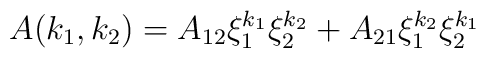
A(k_{1},k_{2})=A_{12}\xi _{1}^{k_{1}}\xi _{2}^{k_{2}}+A_{21}\xi_{1}^{k_{2}}\xi _{2}^{k_{1}}